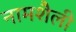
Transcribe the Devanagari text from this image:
नामशैली